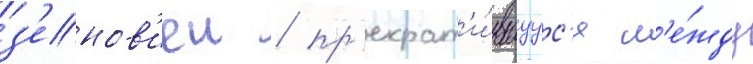
з'енов'иеи / пр'екрат'и́вшуус'я м'е́жду